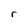
Character: r